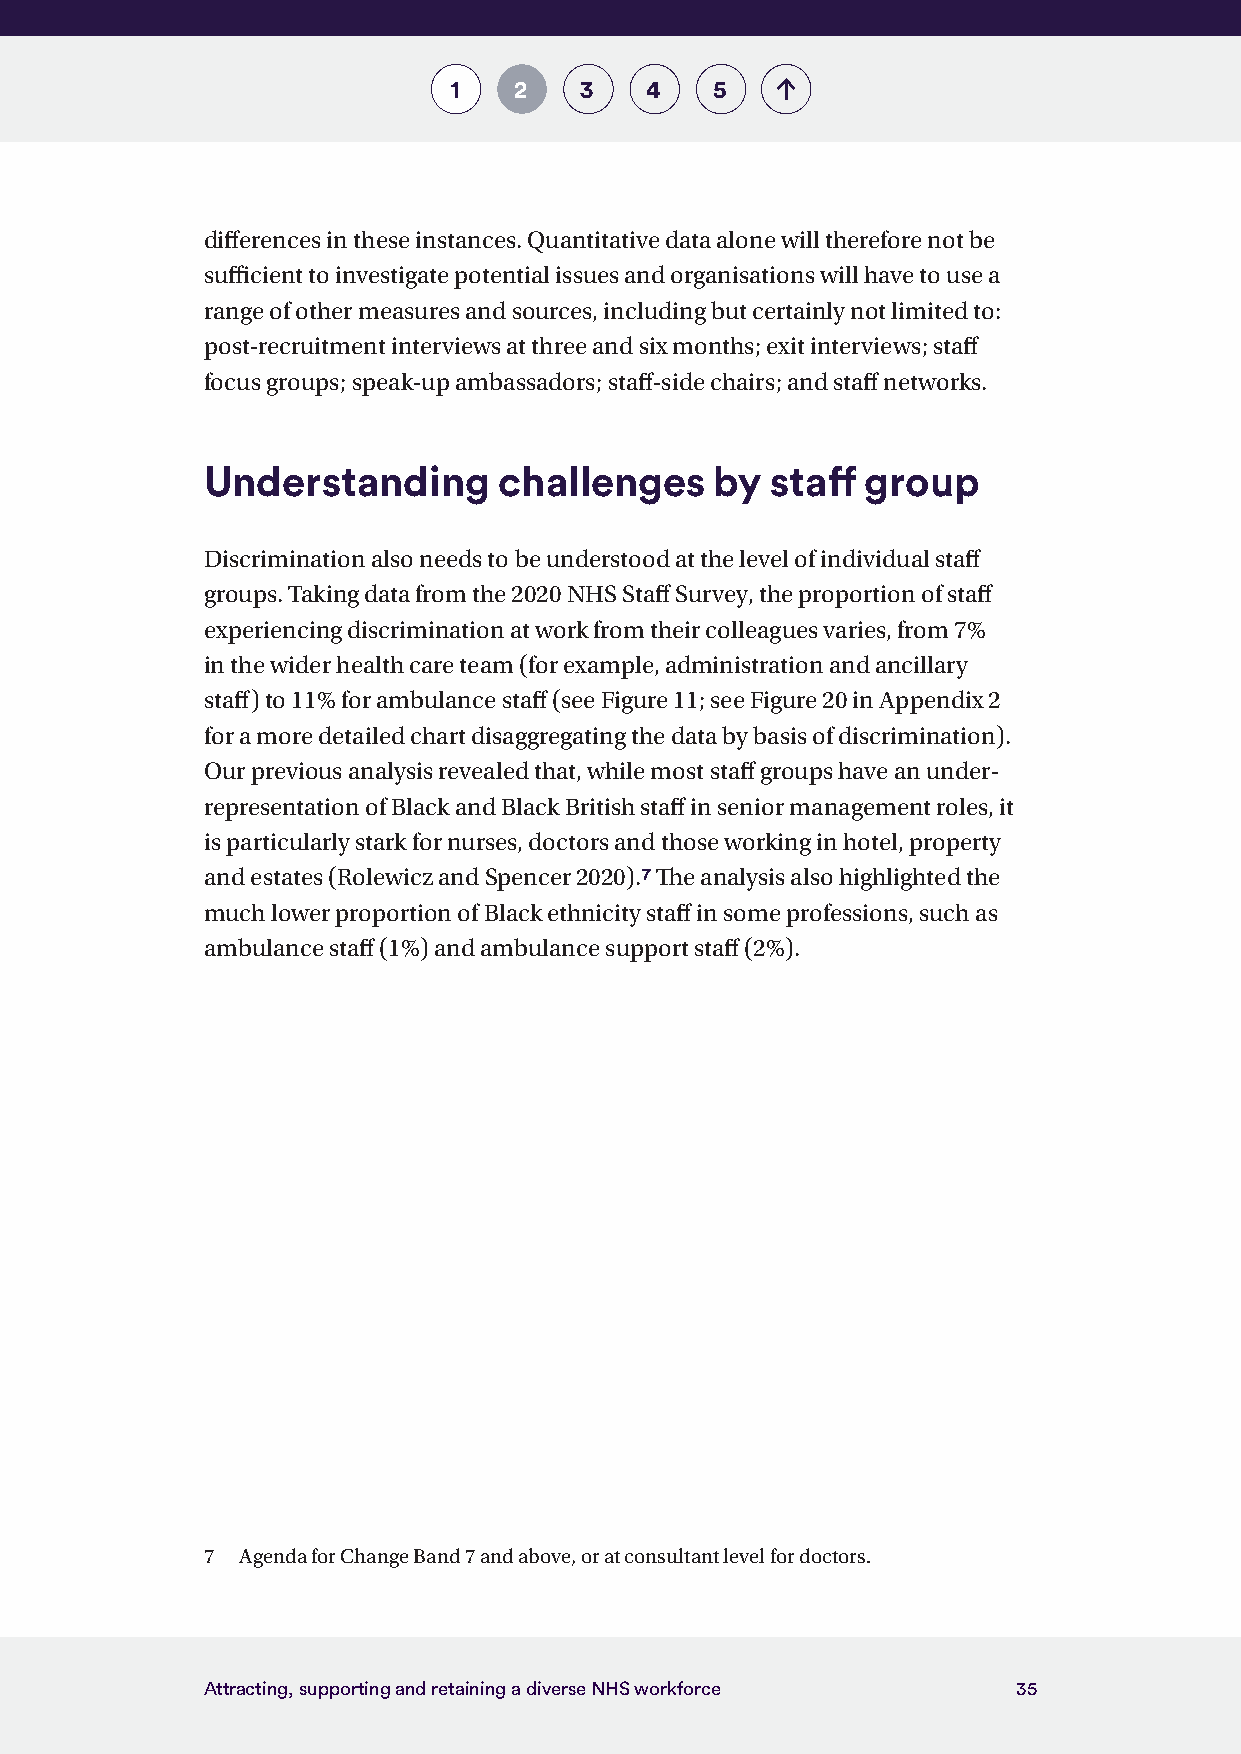
1   2   3    4   5
 differences in these instances. Quantitative data alone will therefore not be
 sufficient to investigate potential issues and organisations will have to use a
 range of other measures and sources, including but certainly not limited to:
 post-recruitment interviews at three and six months; exit interviews; staff
 focus groups; speak-up ambassadors; staff-side chairs; and staff networks.
 Understanding       challenges    by  staff group
 Discrimination also needs to be understood at the level of individual staff
 groups. Taking data from the 2020 NHS Staff Survey, the proportion of staff
 experiencing discrimination at work from their colleagues varies, from 7%
 in the wider health care team (for example, administration and ancillary
 staff) to 11% for ambulance staff (see Figure 11; see Figure 20 in Appendix 2
 for a more detailed chart disaggregating the data by basis of discrimination).
 Our previous analysis revealed that, while most staff groups have an under-
 representation of Black and Black British staff in senior management roles, it
 is particularly stark for nurses, doctors and those working in hotel, property
 and estates (Rolewicz and Spencer 2020).7 The analysis also highlighted the
 much lower proportion of Black ethnicity staff in some professions, such as
 ambulance staff (1%) and ambulance support staff (2%).
 7  Agenda for Change Band 7 and above, or at consultant level for doctors.
 Attracting, supporting and retaining a diverse NHS workforce 35